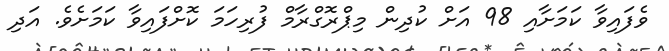
ވެފައިވާ ކަމަށާއި 98 އަށް ކުދިން މިޕްރޮގްރާމް ފުރިހަމަ ކޮށްފައިވާ ކަމަށެވެ. އަދި